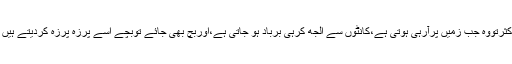
اکثرتووہ جب زمیں پرآرہی ہوتی ہے،کانٹوں سے الجھ کرہی برباد ہو جاتی ہے،اوربچ بھی جائے توبچے اسے پرزہ پرزہ کردیتے ہیں ۔